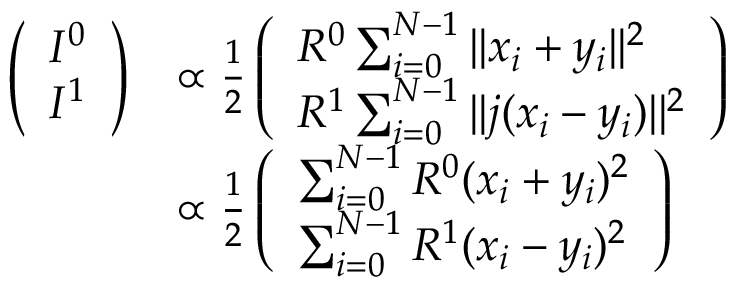
\begin{array} { r l } { \left( \begin{array} { l } { I ^ { 0 } } \\ { I ^ { 1 } } \end{array} \right) } & { \propto \frac { 1 } { 2 } \left( \begin{array} { l } { R ^ { 0 } \sum _ { i = 0 } ^ { N - 1 } | | x _ { i } + y _ { i } | | ^ { 2 } } \\ { R ^ { 1 } \sum _ { i = 0 } ^ { N - 1 } | | j ( x _ { i } - y _ { i } ) | | ^ { 2 } } \end{array} \right) } \\ & { \propto \frac { 1 } { 2 } \left( \begin{array} { l } { \sum _ { i = 0 } ^ { N - 1 } R ^ { 0 } ( x _ { i } + y _ { i } ) ^ { 2 } } \\ { \sum _ { i = 0 } ^ { N - 1 } R ^ { 1 } ( x _ { i } - y _ { i } ) ^ { 2 } } \end{array} \right) } \end{array}